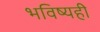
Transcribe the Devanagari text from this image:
भविष्यही